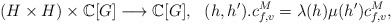
\begin{align*}(H\times H)\times \Bbb C[G]\longrightarrow\Bbb C[G],\ \ (h,h').c^M_{f,v}=\lambda(h)\mu(h')c^M_{f,v},\end{align*}